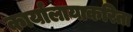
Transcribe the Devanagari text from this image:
कार्यालायाकरिता